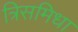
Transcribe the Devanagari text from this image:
त्रिसमिधा